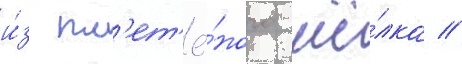
и́з пл'ет'ё́ного шё́лка //